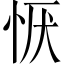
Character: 恹